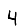
Digit: 4